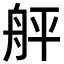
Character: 𦨫